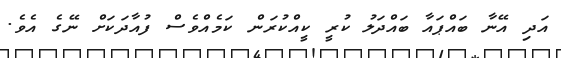
އަދި އޭނާ ބައްޕައާ ބައްދަލު ކުރީ ކީއްކުރަން ކަމެއްވެސް ފުއާދަކަށް ނޭގެ އެވެ.